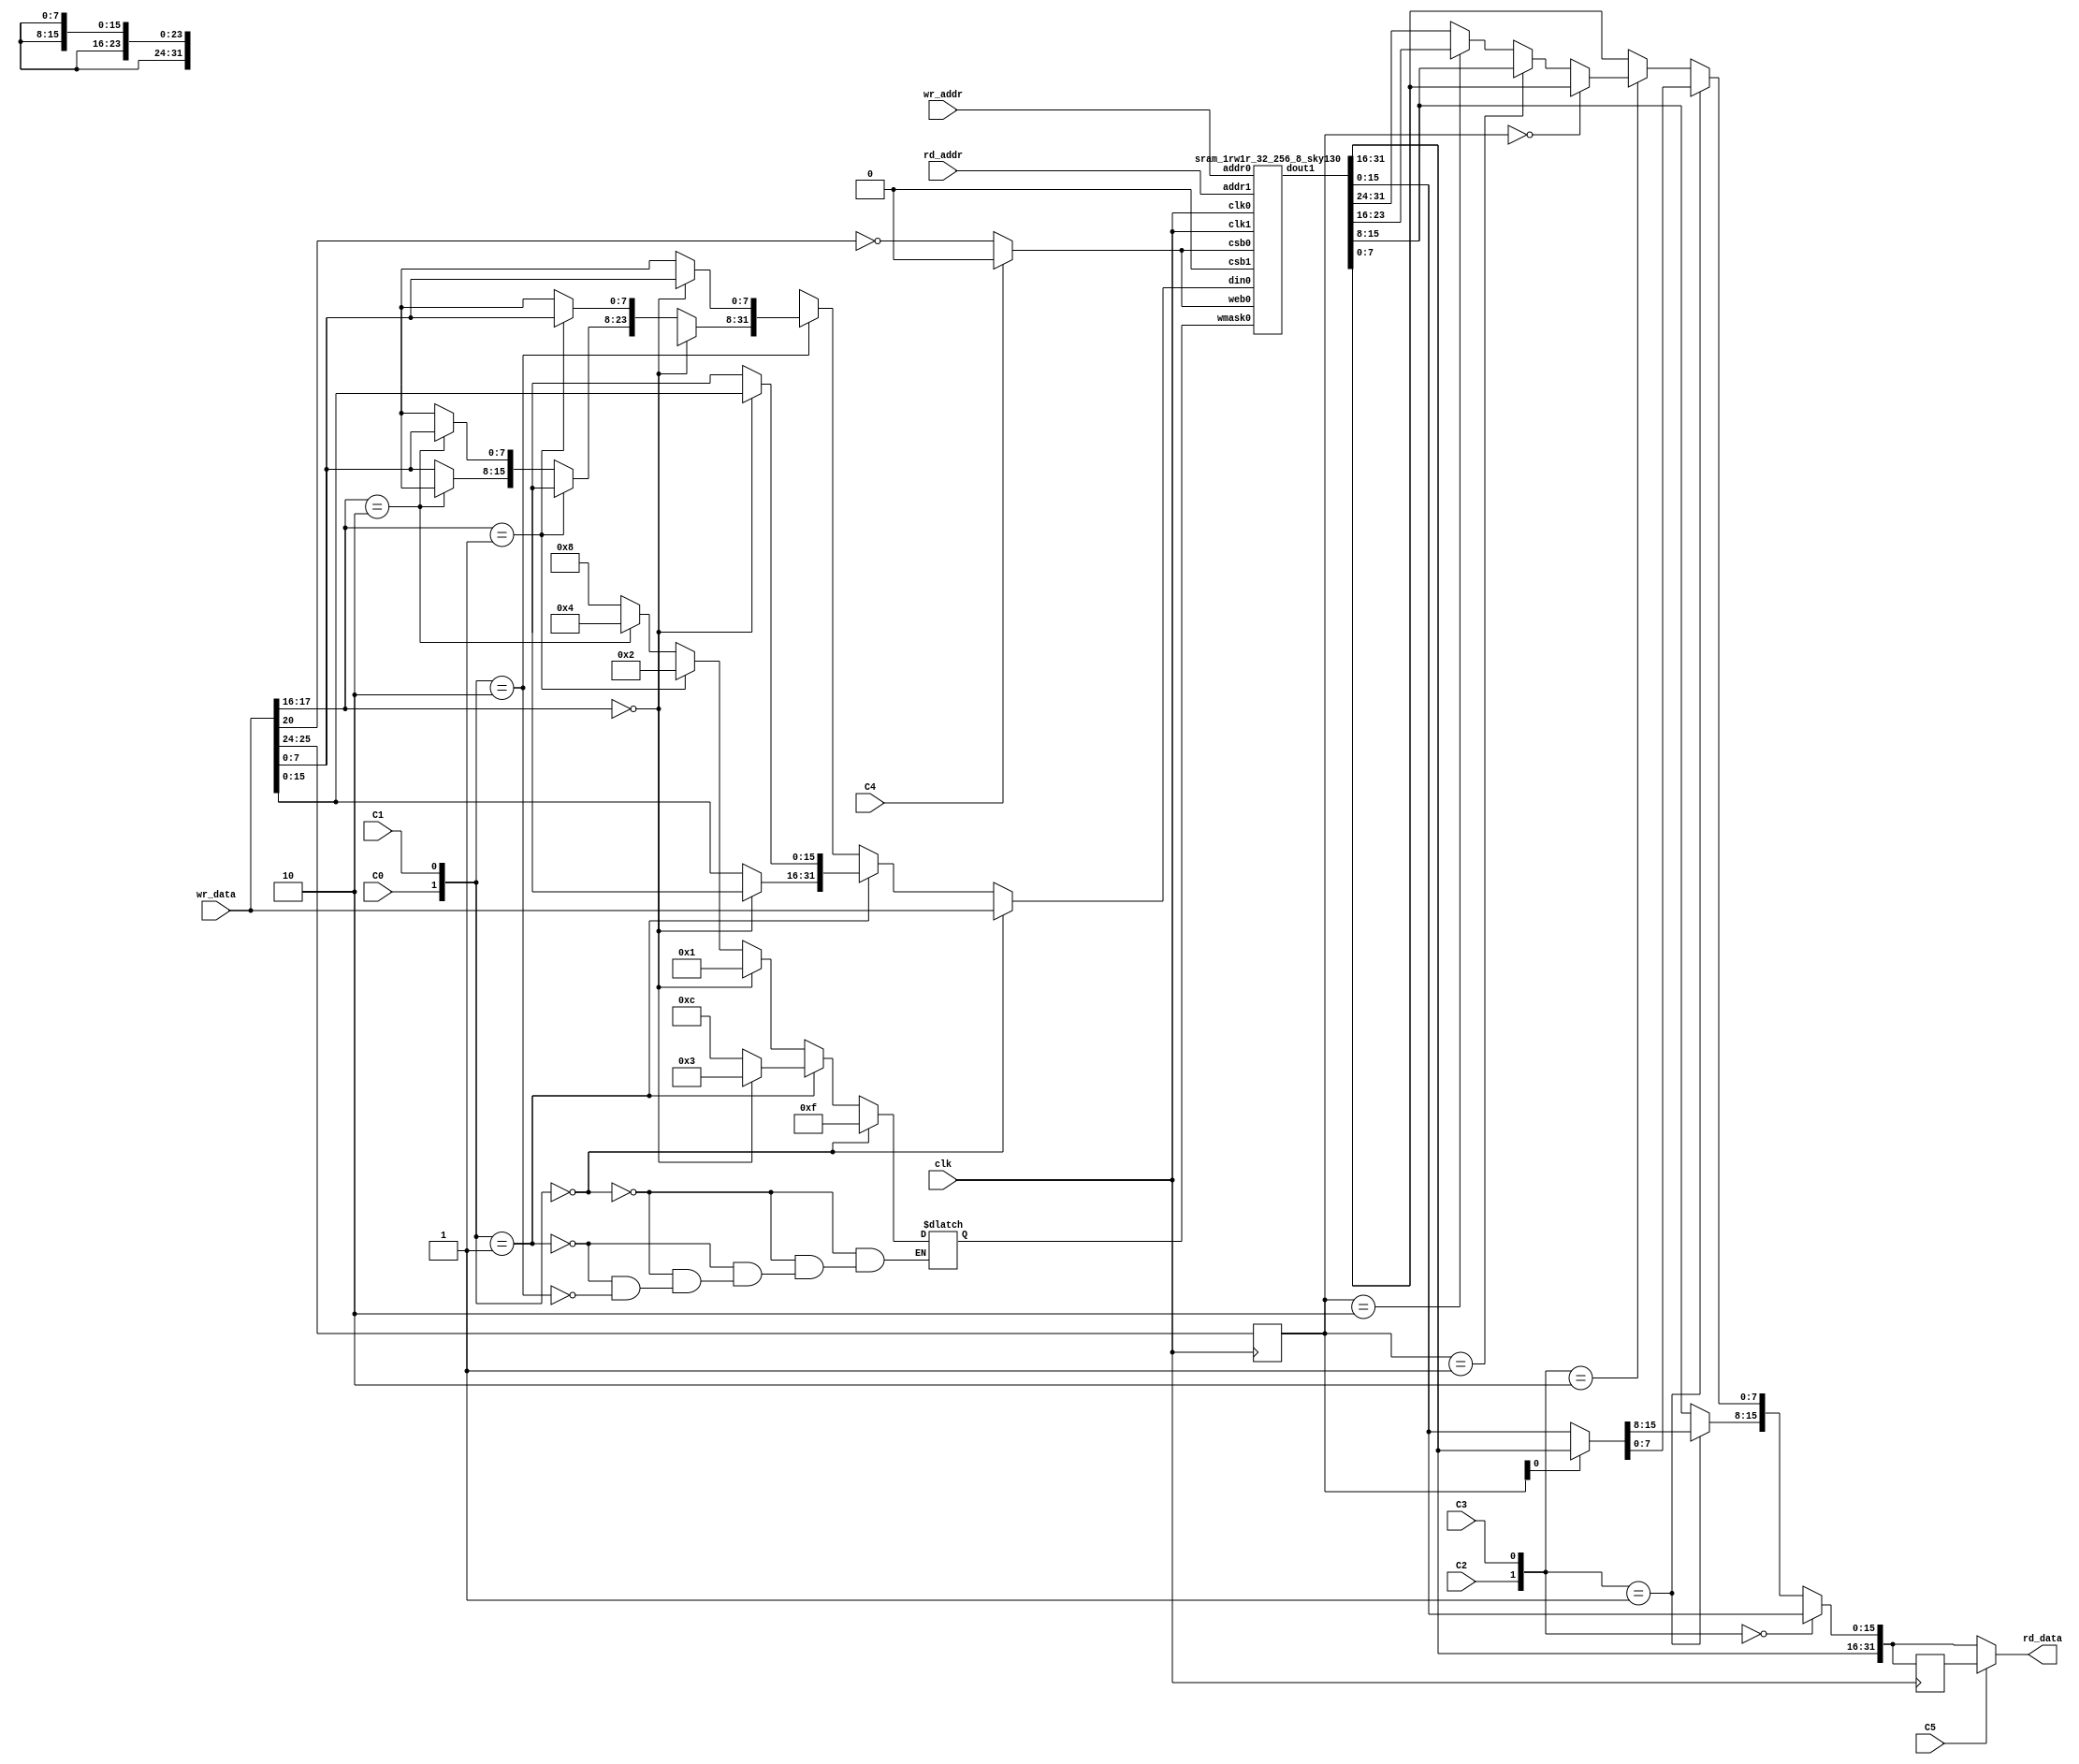
// SPDX-FileCopyrightText: 
// 2022 Nguyen Dao
//
// Licensed under the Apache License, Version 2.0 (the "License");
// you may not use this file except in compliance with the License.
// You may obtain a copy of the License at
//
//      http://www.apache.org/licenses/LICENSE-2.0
//
// Unless required by applicable law or agreed to in writing, software
// distributed under the License is distributed on an "AS IS" BASIS,
// WITHOUT WARRANTIES OR CONDITIONS OF ANY KIND, either express or implied.
// See the License for the specific language governing permissions and
// limitations under the License.
//
// SPDX-License-Identifier: Apache-2.0

module BlockRAM_1KB (clk, rd_addr, rd_data, wr_addr, wr_data, C0, C1, C2, C3, C4, C5);

	parameter READ_ADDRESS_MSB_FROM_DATALSB = 24; //default 24 means bits wr_data[25:24] will become bits [9:8] of read address
	parameter WRITE_ADDRESS_MSB_FROM_DATALSB = 16; //default 16 means bits wr_data[17:16] will become bits [9:8] of write address
	parameter WRITE_ENABLE_FROM_DATA = 20; //default 20 means bit wr_data[20] will become the dynamic writeEnable input
    input clk;
    input [7:0] rd_addr;
    output [31:0] rd_data;
    
    input [7:0] wr_addr;
    input [31:0] wr_data;
    
    input C0;//naming of these doesnt really matter
    input C1;// C0,C1 select write port width
    input C2;// C2,C3 select read port width
    input C3;
    input C4;//C4 selects the alwaysWriteEnable
    input C5; //C5 selects register bypass
      // NOTE, the read enable is currently constantly ON
      // NOTE, the R/W port on the standard cell is used only in write mode
      // NOTE, enable ports on the primitive RAM are active lows
    wire [1:0] rd_port_configuration;
    wire [1:0] wr_port_configuration;
    wire optional_register_enabled_configuration;
	wire alwaysWriteEnable;
    assign wr_port_configuration = {C0, C1};
    assign rd_port_configuration = {C2, C3};
	assign alwaysWriteEnable = C4;
    assign optional_register_enabled_configuration = C5;
    
    reg memWriteEnable;
    always @ (*) begin // write enable
		if(alwaysWriteEnable) begin
			memWriteEnable = 0; // This RAM primitive is active low.
		end else begin
			memWriteEnable = (!(wr_data[WRITE_ENABLE_FROM_DATA])); // inverting the bit to make it active-high
		end
    end
    reg [3:0] mem_wr_mask;
    reg [31:0] muxedDataIn;
	
	wire [1:0] wr_addr_topbits; 
	assign wr_addr_topbits = wr_data[WRITE_ADDRESS_MSB_FROM_DATALSB+1:WRITE_ADDRESS_MSB_FROM_DATALSB];
    always @ (*) begin //write port config -> mask + write data multiplex
		muxedDataIn = 32'dx;
        if(wr_port_configuration == 0) begin
            mem_wr_mask = 4'b1111;
			muxedDataIn = wr_data;
        end else if(wr_port_configuration == 1) begin
            if(wr_addr_topbits == 0) begin
                mem_wr_mask = 4'b0011;
				muxedDataIn[15:0] = wr_data[15:0];
            end else begin
                mem_wr_mask = 4'b1100;
				muxedDataIn[31:16] = wr_data[15:0];
            end
        end else if(wr_port_configuration == 2) begin
            if(wr_addr_topbits == 0) begin
                mem_wr_mask = 4'b0001;
				muxedDataIn[7:0] = wr_data[7:0];
            end else if(wr_addr_topbits == 1) begin
                mem_wr_mask = 4'b0010;
				muxedDataIn[15:8] = wr_data[7:0];
            end else if(wr_addr_topbits == 2) begin
                mem_wr_mask = 4'b0100;
				muxedDataIn[23:16] = wr_data[7:0];
            end else begin
                mem_wr_mask = 4'b1000;
				muxedDataIn[31:24] = wr_data[7:0];
            end
        end
    end
    wire [31:0] mem_dout;
    sram_1rw1r_32_256_8_sky130 memory_cell(                             //dout0 is unused
    .clk0(clk),.csb0(memWriteEnable),.web0(memWriteEnable),.wmask0(mem_wr_mask),.addr0(wr_addr[7:0]),.din0(muxedDataIn),//.dout0(),
    .clk1(clk),.csb1(1'b0),.addr1(rd_addr[7:0]),.dout1(mem_dout)
    );
    reg [1:0] rd_dout_sel;
    always @ (posedge clk) begin
        rd_dout_sel <= wr_data[READ_ADDRESS_MSB_FROM_DATALSB+1:READ_ADDRESS_MSB_FROM_DATALSB];
    end
    reg [31:0] rd_dout_muxed;
    always @ (*) begin
        rd_dout_muxed[31:0] = mem_dout[31:0]; // a default value. Could be 32'dx if tools support it for logic saving!
        if(rd_port_configuration == 0) begin
            rd_dout_muxed[31:0] = mem_dout[31:0];
        end else if(rd_port_configuration == 1) begin
            if(rd_dout_sel[0] == 0) begin
                rd_dout_muxed[15:0] = mem_dout[15:0];
            end else begin
                rd_dout_muxed[15:0] = mem_dout[31:16];
            end
        end else if(rd_port_configuration == 2) begin
            if(rd_dout_sel == 0) begin
                rd_dout_muxed[7:0] = mem_dout[7:0];
            end else if(rd_dout_sel == 1) begin
                rd_dout_muxed[7:0] = mem_dout[15:8];
            end else if(rd_dout_sel == 2) begin
                rd_dout_muxed[7:0] = mem_dout[23:16];
            end else begin
                rd_dout_muxed[7:0] = mem_dout[31:24];
            end
        end
    end
    reg [31:0] rd_dout_additional_register;
    always @ (posedge clk) begin
        rd_dout_additional_register <= rd_dout_muxed;
    end
    reg [31:0] final_dout;
    assign rd_data = final_dout;
    always @ (*) begin
        if(optional_register_enabled_configuration) begin
            final_dout = rd_dout_additional_register;
        end else begin
            final_dout = rd_dout_muxed;
        end
    end
endmodule


(* blackbox *)
module sram_1rw1r_32_256_8_sky130(
//`ifdef USE_POWER_PINS
//	vdd,
//	gnd,
//`endif
// Port 0: RW
    clk0,csb0,web0,wmask0,addr0,din0,dout0,
// Port 1: R
    clk1,csb1,addr1,dout1
  );

  parameter NUM_WMASKS = 4 ;
  parameter DATA_WIDTH = 32 ;
  parameter ADDR_WIDTH = 8 ;
  parameter RAM_DEPTH = 1 << ADDR_WIDTH;
  // FIXME: This delay is arbitrary.
  parameter DELAY = 3 ;
//`ifdef USE_POWER_PINS
 // inout vdd;
 // inout gnd;
//`endif
  input  clk0; // clock
  input   csb0; // active low chip select
  input  web0; // active low write control
  input [NUM_WMASKS-1:0]   wmask0; // write mask
  input [ADDR_WIDTH-1:0]  addr0;
  input [DATA_WIDTH-1:0]  din0;
  output [DATA_WIDTH-1:0] dout0;
  input  clk1; // clock
  input   csb1; // active low chip select
  input [ADDR_WIDTH-1:0]  addr1;
  output [DATA_WIDTH-1:0] dout1;
endmodule